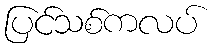
ပြင်သစ်ကလပ်